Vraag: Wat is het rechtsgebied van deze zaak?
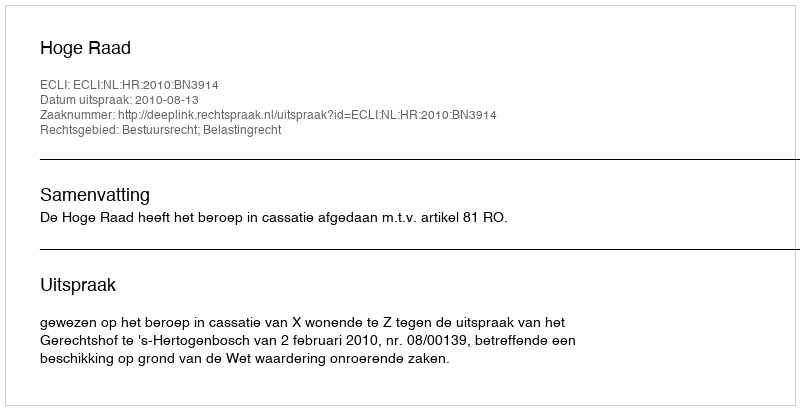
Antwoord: Bestuursrecht; Belastingrecht